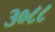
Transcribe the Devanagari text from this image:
३०८८